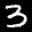
Label: 3